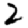
Digit: 2